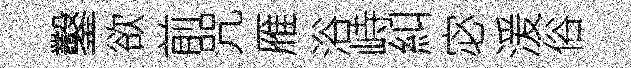
鑿欲前咒雁浴峙糾宓湲俗